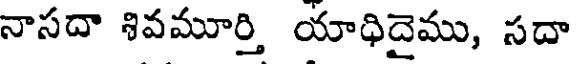
నాసదా శివమూర్తి యాధిదైము, సదా